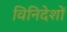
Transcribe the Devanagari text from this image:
विनिदेशों